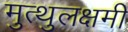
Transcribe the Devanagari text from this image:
मुत्थुलक्षमी